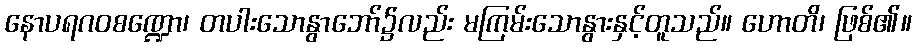
နောပရဂဝစဏ္ဍော၊ တပါးသောနွာဘော်၌လည်း မကြမ်းသောနွားနှင့်တူသည်။ ဟောတိ၊ ဖြစ်၏။